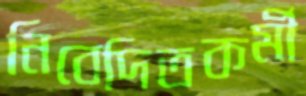
নিবেদিতকর্মী